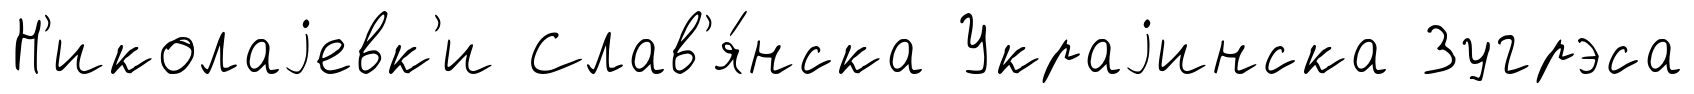
Н'иколаjевк'и Слав'я́нска Украjинска Зугрэса